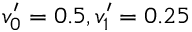
v _ { 0 } ^ { \prime } = 0 . 5 , v _ { 1 } ^ { \prime } = 0 . 2 5